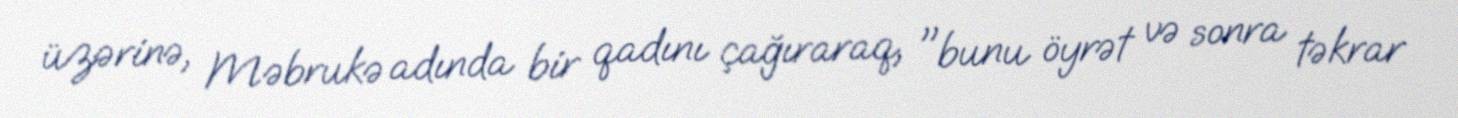
üzərinə, Məbrukə adında bir qadını çağıraraq, "bunu öyrət və sonra təkrar